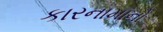
કારનામાનો